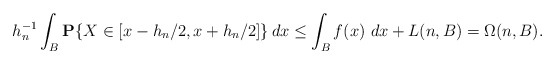
\begin{align*}h_{n}^{-1}\int_{B}{\bf P}\{X\in [x-h_{n}/2,x+h_{n}/2]\}\,dx\leq\int_{B}f(x)\,\,dx+L(n,B)=\Omega (n,B). \end{align*}